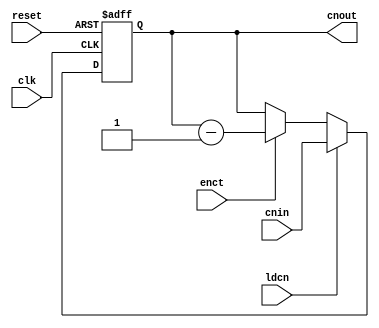
`timescale 1ns / 1ps
//////////////////////////////////////////////////////////////////////////////////
// Company: 
// Engineer: 
// 
// Design Name: 
// Module Name: counter
// Project Name: 
// Target Devices: 
// Tool Versions: 
// Description: 
// 
// Dependencies: 
// 
// Revision:
// Revision 0.01 - File Created
// Additional Comments:
// 
//////////////////////////////////////////////////////////////////////////////////


module counter(output reg [4:0] cnout, input [4:0] cnin, input ldcn,enct,clk,reset);
always @(posedge clk,posedge reset)
begin
    if(reset)
        cnout <= 0;
    else if(ldcn)
        cnout <= cnin;
    else if(enct)
        cnout <= cnout -1;
end
endmodule